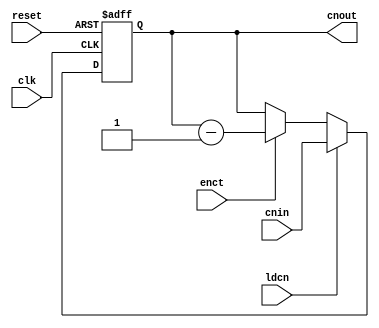
`timescale 1ns / 1ps
//////////////////////////////////////////////////////////////////////////////////
// Company: 
// Engineer: 
// 
// Design Name: 
// Module Name: counter
// Project Name: 
// Target Devices: 
// Tool Versions: 
// Description: 
// 
// Dependencies: 
// 
// Revision:
// Revision 0.01 - File Created
// Additional Comments:
// 
//////////////////////////////////////////////////////////////////////////////////


module counter(output reg [4:0] cnout, input [4:0] cnin, input ldcn,enct,clk,reset);
always @(posedge clk,posedge reset)
begin
    if(reset)
        cnout <= 0;
    else if(ldcn)
        cnout <= cnin;
    else if(enct)
        cnout <= cnout -1;
end
endmodule